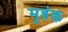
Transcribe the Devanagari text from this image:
मुडंक